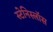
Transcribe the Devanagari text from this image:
स्टेनिस्लॉस